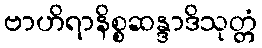
ဗာဟိရာနိစ္စဆန္ဒာဒိသုတ္တံ